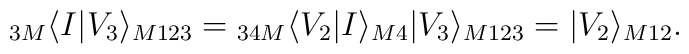
{}_{3M}\langle I|V_3\rangle_{M123}={}_{34M}\langle V_2|I\rangle_{M4}|V_3\rangle_{M123}=|V_2\rangle_{M12}.